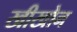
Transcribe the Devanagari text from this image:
खीखोन